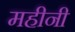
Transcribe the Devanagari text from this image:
महीनी